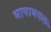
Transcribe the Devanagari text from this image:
भाषाबदल